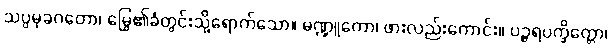
သပ္ပမုခဂတော၊ မြွေ၏ခံတွင်းသို့ရောက်သော။ မဏ္ဍူကော၊ ဖားလည်းကောင်း။ ပဉ္ဇရပက္ခိတ္တော၊